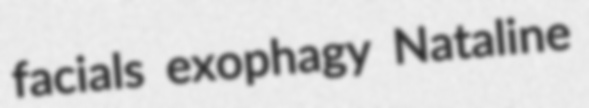
facials exophagy Nataline